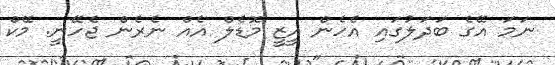
ނަމަ އޭގެ ބަދަލުގައި އެހެން އީޒީ މޮޑެލް އެއް ނެރެން ޖެހޭނީ. މޭކް